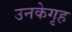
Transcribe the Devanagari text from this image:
उनकेगृह